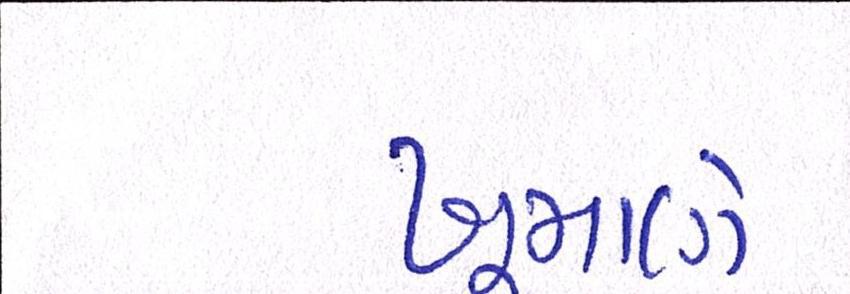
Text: ખૂમાણે